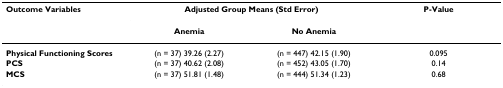
<table><thead><tr><td><b>Outcome Variables</b></td><td colspan="2"><b>Adjusted Group Means (Std Error)</b></td><td><b>P-Value</b></td></tr><tr><td></td><td><b>Anemia</b></td><td><b>No Anemia</b></td><td></td></tr></thead><tbody><tr><td><b>Physical Functioning Scores</b></td><td>(n = 37) 39.26 (2.27)</td><td>(n = 447) 42.15 (1.90)</td><td>0.095</td></tr><tr><td><b>PCS</b></td><td>(n = 37) 40.62 (2.08)</td><td>(n = 452) 43.05 (1.70)</td><td>0.14</td></tr><tr><td><b>MCS</b></td><td>(n = 37) 51.81 (1.48)</td><td>(n = 444) 51.34 (1.23)</td><td>0.68</td></tr></tbody></table>